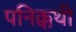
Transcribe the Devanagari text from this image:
पनिक्कथी